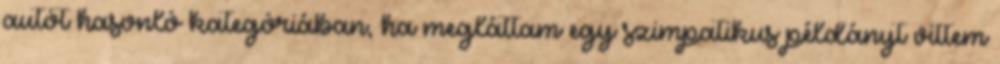
autót hasonló kategóriában, ha megláttam egy szimpatikus példányt vittem